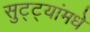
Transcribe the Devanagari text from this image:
सुट्ट्यांमधे